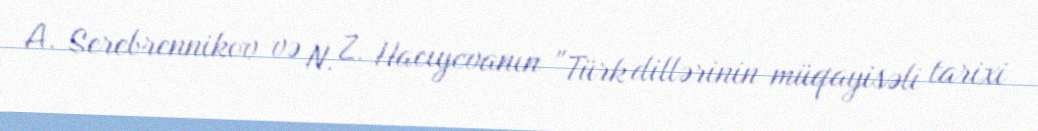
A. Serebrennikov və N. Z. Hacıyevanın "Türk dillərinin müqayisəli tarixi